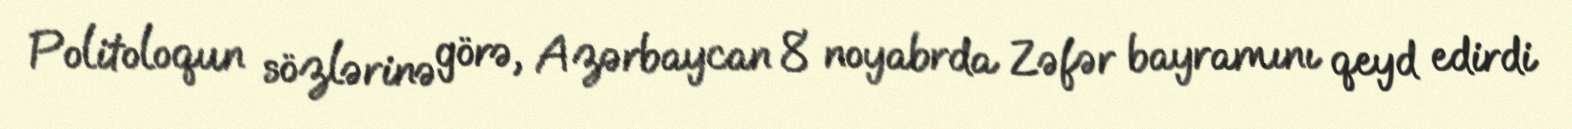
Politoloqun sözlərinə görə, Azərbaycan 8 noyabrda Zəfər bayramını qeyd edirdi